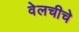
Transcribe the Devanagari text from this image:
वेलचीचे